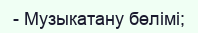
- Музыкатану бөлімі;